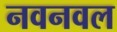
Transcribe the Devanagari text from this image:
नवनवल